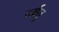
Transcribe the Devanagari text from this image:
वर्षतु